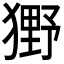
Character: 𤡒